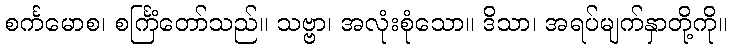
စင်္ကမောစ၊ စင်္ကြံတော်သည်။ သဗ္ဗာ၊ အလုံးစုံသော။ ဒိသာ၊ အရပ်မျက်နှာတို့ကို။